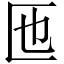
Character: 匜